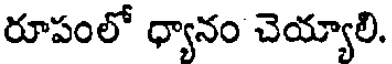
రూపంలో ధ్యానం చెయ్యాలి.